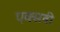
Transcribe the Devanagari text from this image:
एक्सवी